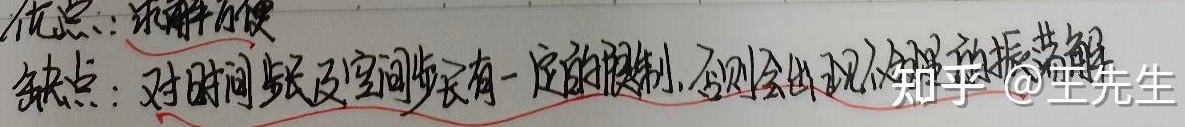
优点：求解方便。缺点：对时间步长及空间步长有一定的限制，否则会出现不合理的振荡解。